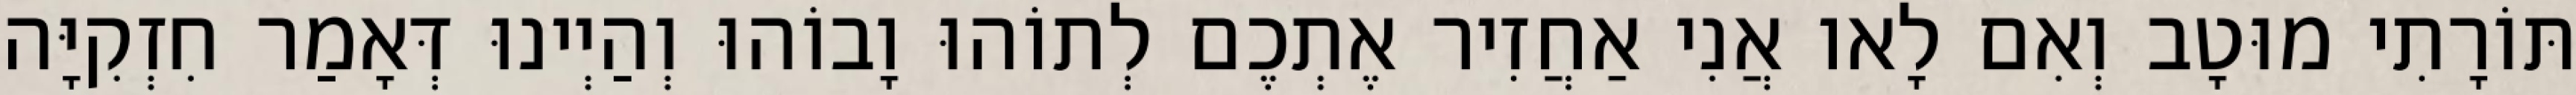
תּוֹרָתִי מוּטָב וְאִם לָאו אֲנִי אַחֲזִיר אֶתְכֶם לְתוֹהוּ וָבוֹהוּ וְהַיְינוּ דְּאָמַר חִזְקִיָּה